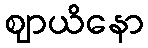
ဈာယိနော